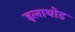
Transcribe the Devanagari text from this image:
इलाथोड